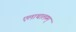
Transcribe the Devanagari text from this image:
एलाथालम्म्